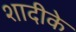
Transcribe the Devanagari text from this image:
शादीके